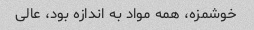
خوشمزه، همه مواد به اندازه بود، عالی